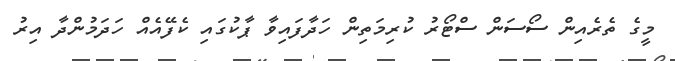
މީގެ ތެރެއިން ސޯސަން ސްޓޯރު ކުރިމަތިން ހަދާފައިވާ ޕާކުގައި ކެފޭއެއް ހަދަމުންދާ އިރު